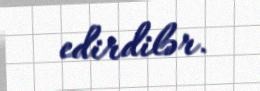
edirdilər.